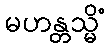
မဟန္တသ္မိံ